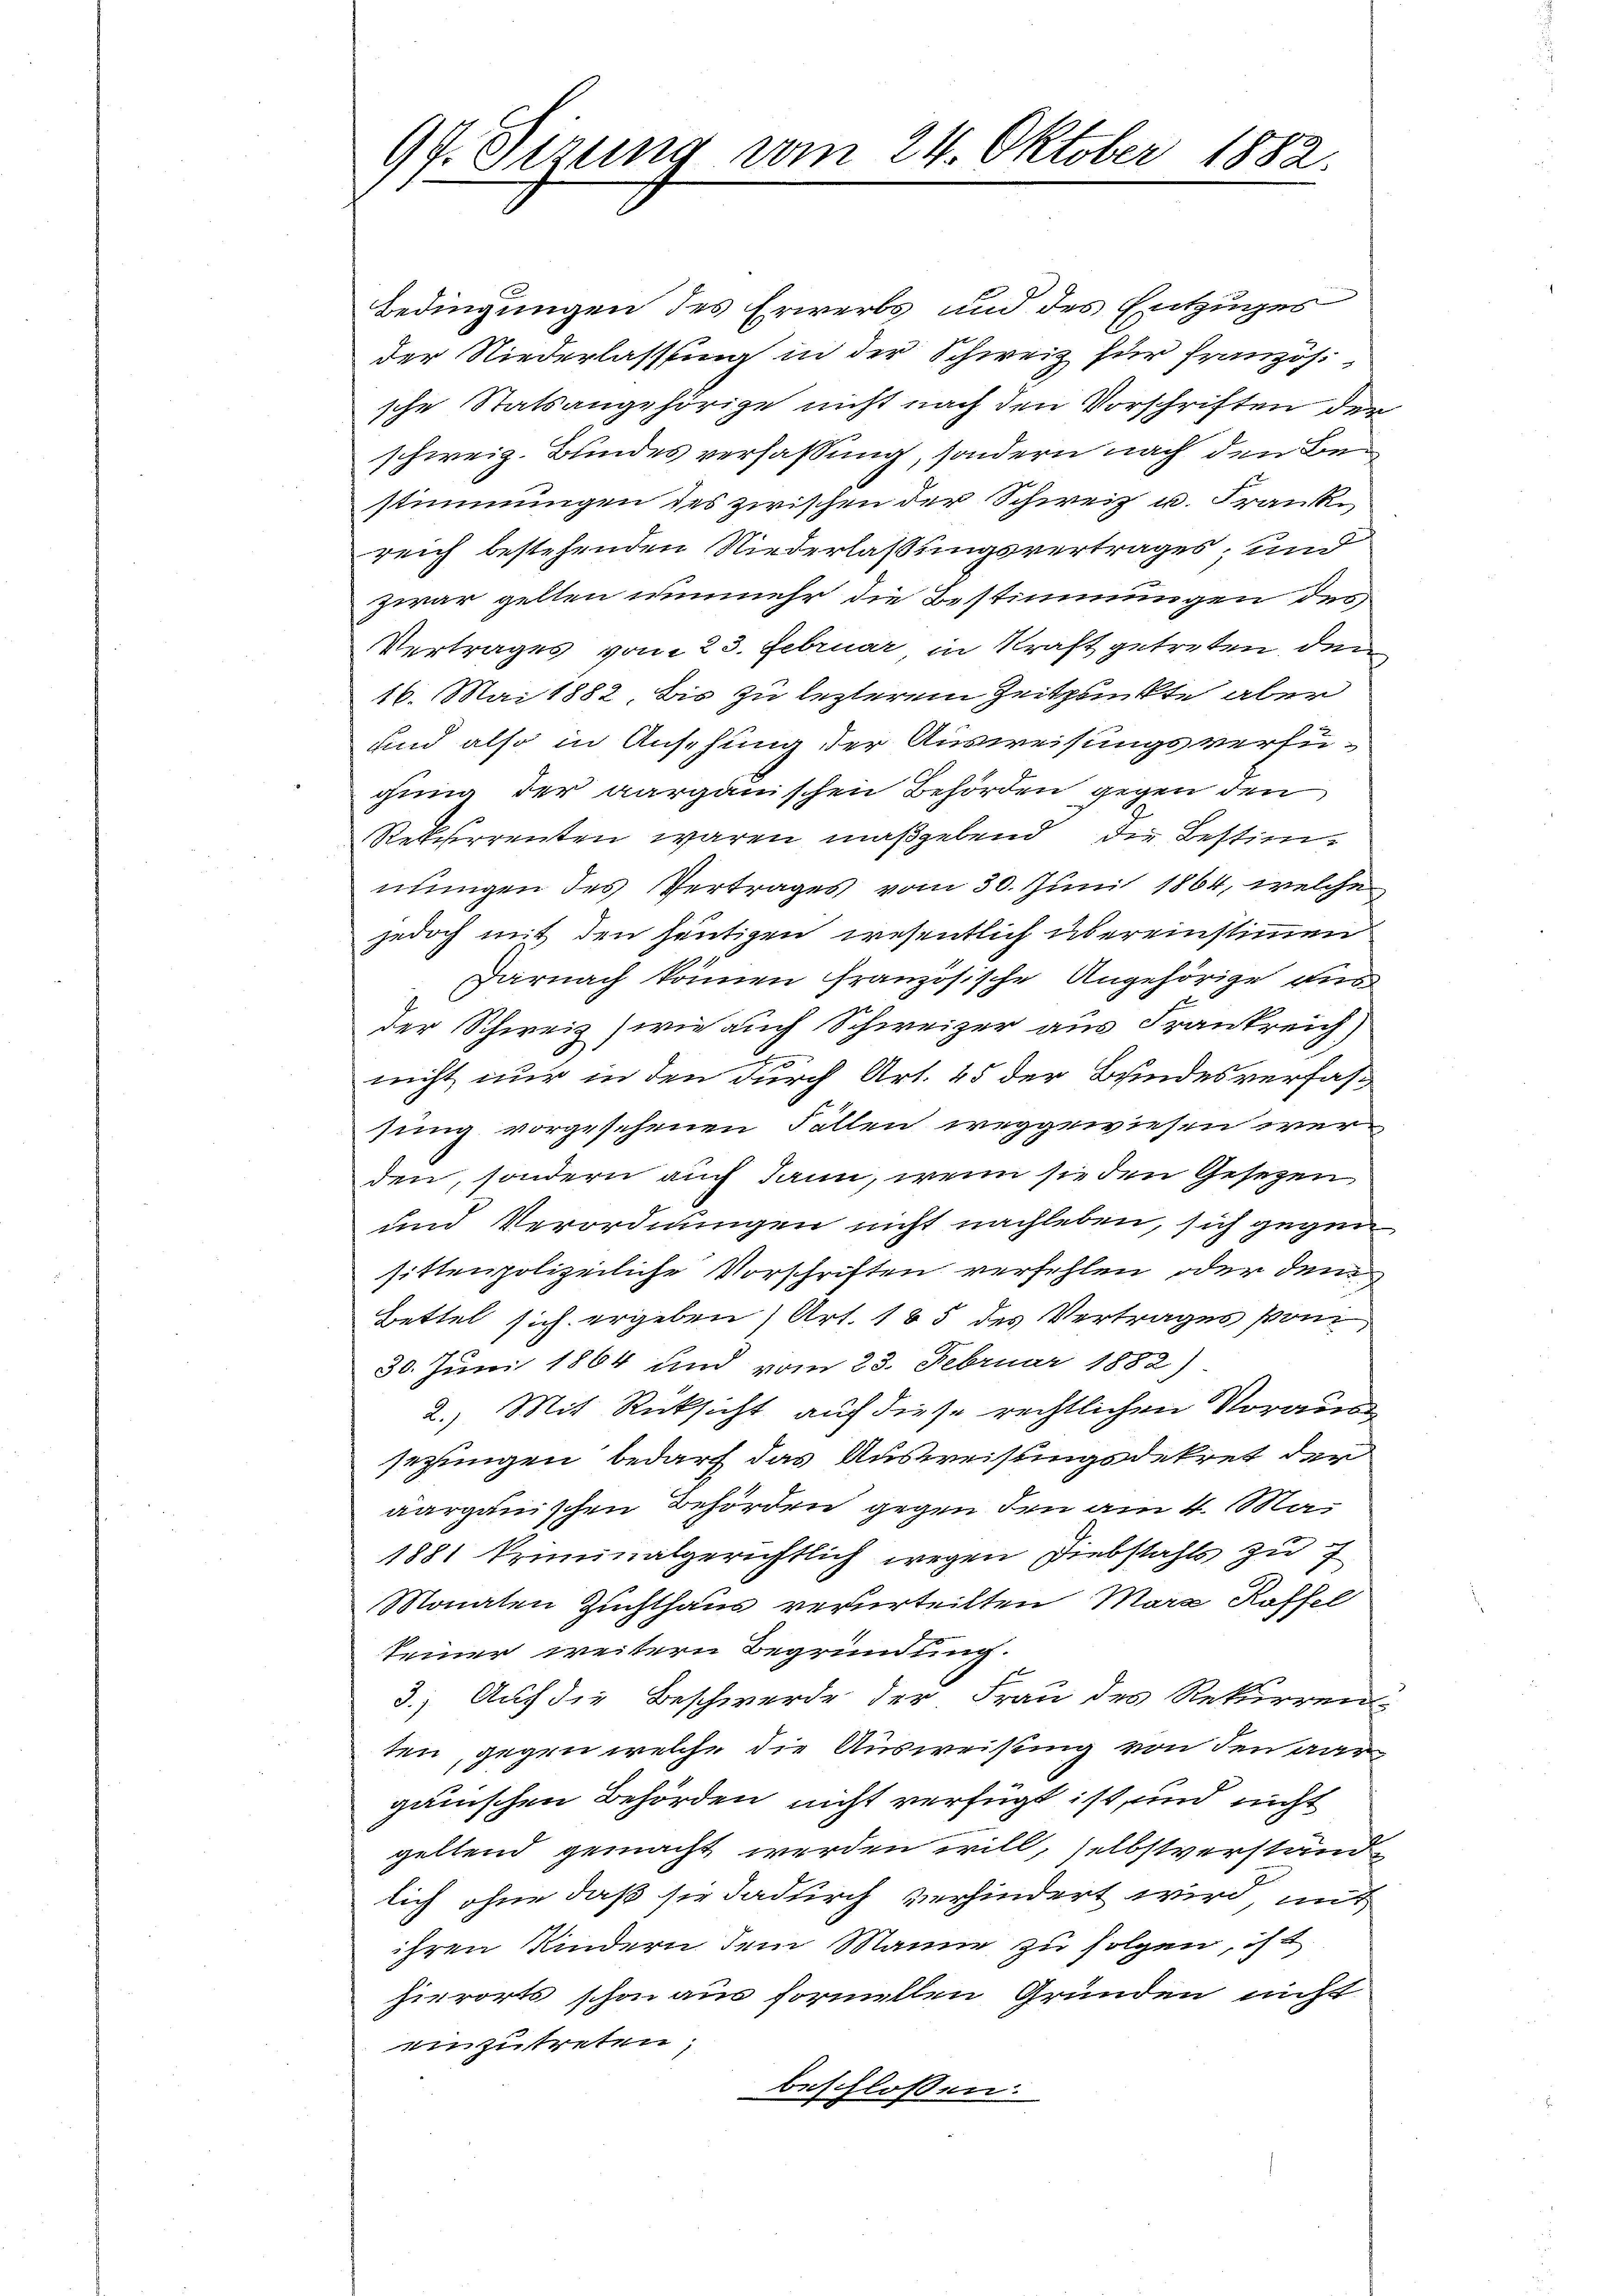
97. Dezung vom 24. Oktober 1882.

Bedingungen des Erwerbs und des Entzuges
der Niederlassung in der Schweiz für französische Statsangehörige nicht nach den Vorschriften der
schweiz. Bundes verfassung, sondern nach den Bestimmungen des zwischen der Schweiz u. Frank
reich bestehenden Niederlassungsvertrages, und
zwar gelten nunmehr die Bestimmungen des
Vertrages vom 23. Februar in Kraft getreten den
16. Mai 1882. Bis zu lezterem Zeitpunkte aber
und also in Ansehung der Ausweisungsverfügung der aargauischen Behörden gegen den
Rekurrenten waren maßgebend die Bestimnungen des Vertrages vom 30. Juni 1864, welche
jedoch mit den heutigen wesentlich übereinstimmen
Darnach können französische Angehörige aus
der Schweiz) wie auch Schweizer aus Frankreich
.
nicht nur in den durch Art. 45 der Bundesverfas
sung vorgesehenen Fällen weggewiesen werden, sondern auch dann, wenn sie den Gesezen
und Verordnungen nicht nachleben, sich gegen
sittenpolizeiliche Vorschriften verfehlen, oder dem
Bettel sich ergeben, Art. 185 des Vertrages vom
30. Juni 1864 und vom 23. Februar 1882)
2.) Mit Rücksicht auf diese rechtlichen Voraus
sezungen bedarf das Ausweisungsdekret der
aargauischen Behörden gegen den am 4. Ma¬
1881 kriminalgerichtlich wegen Diebstahls zu 7
Monaten Zuchthaus verurteilten Mara Koffel
keiner weitern Begründung.
3.) Auf die Beschwerde der Frau des Rekurrent
ten, gegen welche die Ausweisung von den aur
ganischen Behörden nicht verfügt ist, und nicht
geltend gemacht werden will, selbstverstand
lich ohne daß sie dadurch verhindert wird, mit
ihren Kindern dem Manne zu folgen, ist
hierorts schon aus formellen Gründen nicht
einzutreten,
beschlossen: